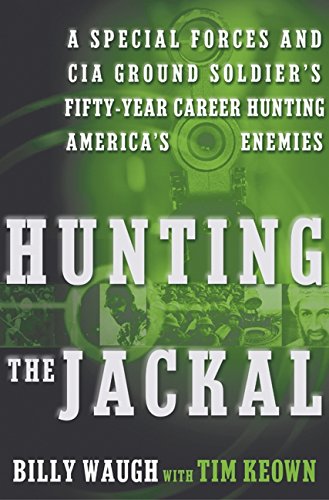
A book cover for Hunting the Jackal: A Special Forces and CIA Ground Soldier's Fifty-Year Career Hunting America's Enemies; Billy Waugh; History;